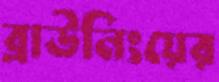
ব্রাউনিংয়ের